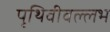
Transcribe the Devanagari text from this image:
पृथिवीवल्लभ